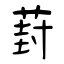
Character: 葑